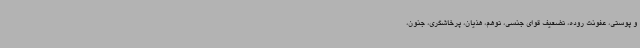
و پوستی، عفونت روده، تضعیف قوای جنسی، توهم، هذیان، پرخاشگری، جنون،